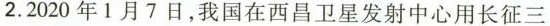
2.2020年1月7日，我国在西昌卫星发射中心用长征三